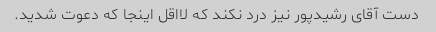
دست آقای رشیدپور نیز درد نکند که لااقل اینجا که دعوت شدید.